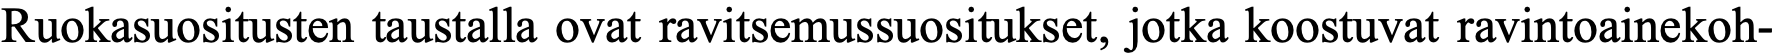
Ruokasuositusten taustalla ovat ravitsemussuositukset, jotka koostuvat ravintoainekoh-